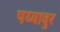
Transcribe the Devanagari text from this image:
पय्यावुर